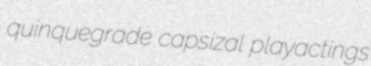
quinquegrade capsizal playactings